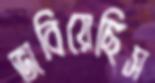
ভাবিয়েছিস